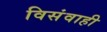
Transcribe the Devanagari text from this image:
विसंवाही